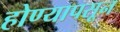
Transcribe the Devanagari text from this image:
होण्यापसून